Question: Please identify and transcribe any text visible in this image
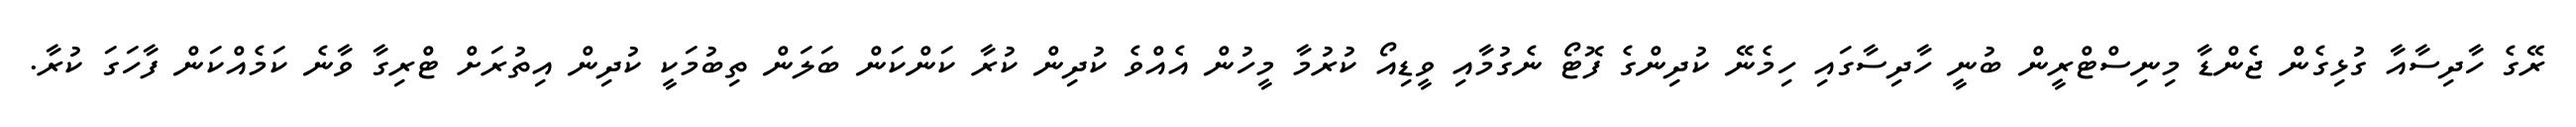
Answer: ރޭގެ ހާދިސާއާ ގުޅިގެން ޖެންޑާ މިނިސްޓްރީން ބުނީ ހާދިސާގައި ހިމެނޭ ކުދިންގެ ފޮޓޯ ނެގުމާއި ވީޑިއޯ ކުރުމާ މީހުން އެއްވެ ކުދިން ކުރާ ކަންކަން ބަލަން ތިބުމަކީ ކުދިން އިތުރަށް ޓްރިގާ ވާނެ ކަމެއްކަން ފާހަގަ ކުރާ.